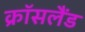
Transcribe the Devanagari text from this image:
क्रॉसलैंड